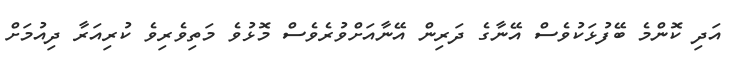
އަދި ކޮންމެ ބޭފުޅަކުވެސް އޭނާގެ ދަރިން އޭނާއަށްވުރެވެސް މޮޅުވެ މަތިވެރިވެ ކުރިއަރާ ދިއުމަށް